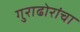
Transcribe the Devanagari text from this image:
गुराढोरांचा